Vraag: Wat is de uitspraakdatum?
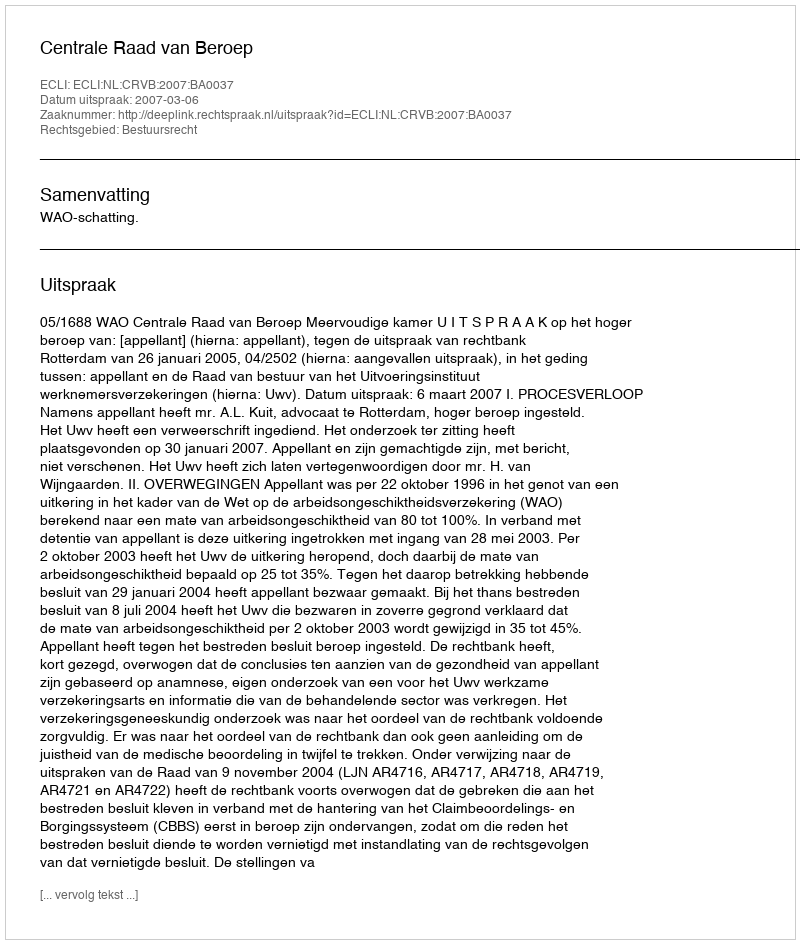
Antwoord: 2007-03-06